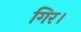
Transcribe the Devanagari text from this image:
गिर।